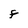
Character: F